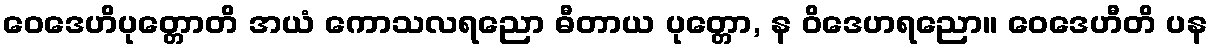
ဝေဒေဟိပုတ္တောတိ အယံ ကောသလရညော ဓီတာယ ပုတ္တော, န ဝိဒေဟရညော။ ဝေဒေဟီတိ ပန